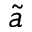
\tilde { a }